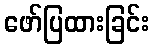
ဖော်ပြထားခြင်း